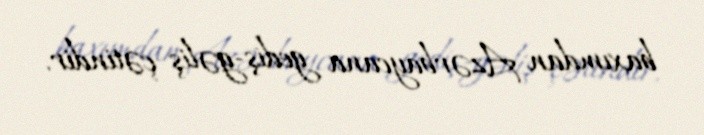
baxımdan Azərbaycana gediş-gəliş çətindir.